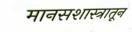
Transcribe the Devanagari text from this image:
मानसशास्त्रातून